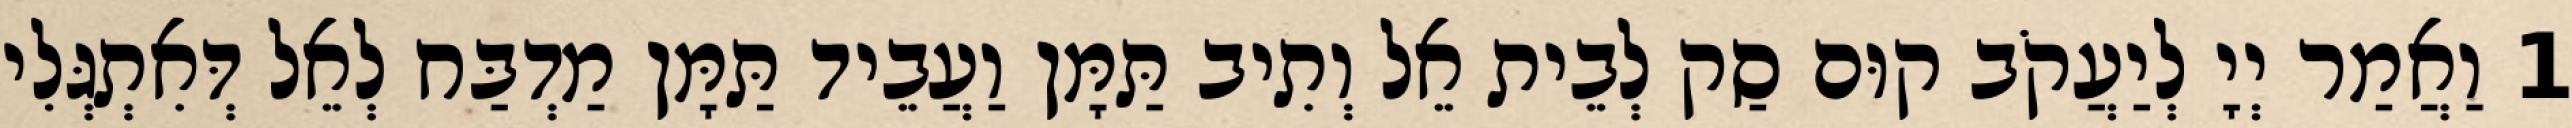
1 וַאֲמַר יְיָ לְיַעֲקֹב קוּם סַק לְבֵית אֵל וְתִיב תַּמָּן וַעֲבֵיד תַּמָּן מַדְבַּח לְאֵל דְּאִתְגְּלִי